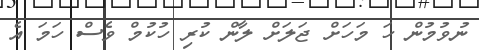
ނުވުމުން ހަ މަހަށް ޖަލަށް ލާން ކުރި ހުކުމް ވެސް ހަމަ އެ